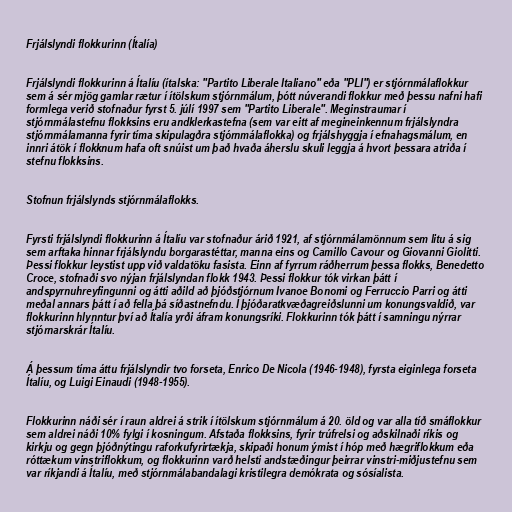
Frjálslyndi flokkurinn (Ítalía)

Frjálslyndi flokkurinn á Ítalíu (ítalska: "Partito Liberale Italiano" eða "PLI") er stjórnmálaflokkur
sem á sér mjög gamlar rætur í ítölskum stjórnmálum, þótt núverandi flokkur með þessu nafni hafi
formlega verið stofnaður fyrst 5. júlí 1997 sem "Partito Liberale". Meginstraumar í
stjórnmálastefnu flokksins eru andklerkastefna (sem var eitt af megineinkennum frjálslyndra
stjórnmálamanna fyrir tíma skipulagðra stjórnmálaflokka) og frjálshyggja í efnahagsmálum, en
innri átök í flokknum hafa oft snúist um það hvaða áherslu skuli leggja á hvort þessara atriða í
stefnu flokksins.

Stofnun frjálslynds stjórnmálaflokks.

Fyrsti frjálslyndi flokkurinn á Ítalíu var stofnaður árið 1921, af stjórnmálamönnum sem litu á sig
sem arftaka hinnar frjálslyndu borgarastéttar, manna eins og Camillo Cavour og Giovanni Giolitti.
Þessi flokkur leystist upp við valdatöku fasista. Einn af fyrrum ráðherrum þessa flokks, Benedetto
Croce, stofnaði svo nýjan frjálslyndan flokk 1943. Þessi flokkur tók virkan þátt í
andspyrnuhreyfingunni og átti aðild að þjóðstjórnum Ivanoe Bonomi og Ferruccio Parri og átti
meðal annars þátt í að fella þá síðastnefndu. Í þjóðaratkvæðagreiðslunni um konungsvaldið, var
flokkurinn hlynntur því að Ítalía yrði áfram konungsríki. Flokkurinn tók þátt í samningu nýrrar
stjórnarskrár Ítalíu.

Á þessum tíma áttu frjálslyndir tvo forseta, Enrico De Nicola (1946-1948), fyrsta eiginlega forseta
Ítalíu, og Luigi Einaudi (1948-1955).

Flokkurinn náði sér í raun aldrei á strik í ítölskum stjórnmálum á 20. öld og var alla tíð smáflokkur
sem aldrei náði 10% fylgi í kosningum. Afstaða flokksins, fyrir trúfrelsi og aðskilnaði ríkis og
kirkju og gegn þjóðnýtingu raforkufyrirtækja, skipaði honum ýmist í hóp með hægriflokkum eða
róttækum vinstriflokkum, og flokkurinn varð helsti andstæðingur þeirrar vinstri-miðjustefnu sem
var ríkjandi á Ítalíu, með stjórnmálabandalagi kristilegra demókrata og sósíalista.